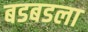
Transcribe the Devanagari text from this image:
बडबडला